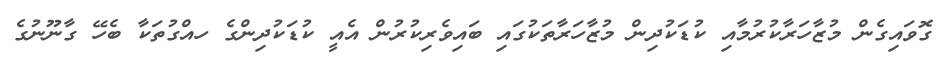
ގޮވައިގެން މުޒާހަރާކުރުމާއި ކުޑަކުދިން މުޒާހަރާތަކުގައި ބައިވެރިކުރުން އެއީ ކުޑަކުދިންގެ ހއްގުތަކާ ބެހޭ ގާނޫނުގެ